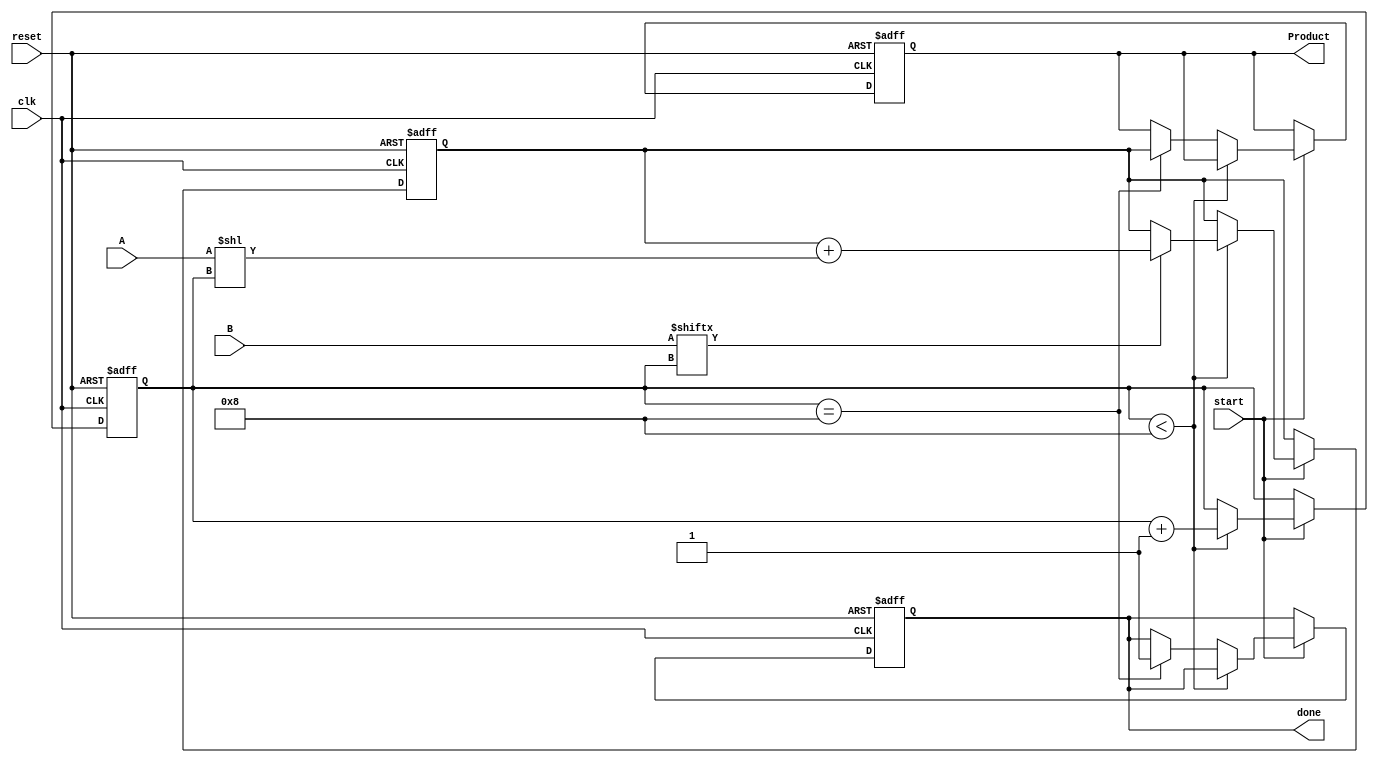
module PartialProductAccumulator #(
    parameter N = 8, // Bit-width of multiplicand A
    parameter M = 8  // Bit-width of multiplier B
)(
    input  wire [N-1:0] A,      // Multiplicand
    input  wire [M-1:0] B,      // Multiplier
    input  wire clk,             // Clock signal
    input  wire reset,           // Asynchronous reset
    input  wire start,           // Start control signal
    output reg [N+M-1:0] Product,// Product output
    output reg done              // Done signal
);

reg [M-1:0] multiplier;         // Internal register for the multiplier
reg [N+M-1:0] accumulator;      // Accumulator for partial products
reg [3:0] count;                // Count to track the number of bits processed

always @(posedge clk or posedge reset) begin
    if (reset) begin
        Product <= 0;
        done <= 0;
        accumulator <= 0;
        count <= 0;
        multiplier <= 0;
    end else if (start) begin
        if (count < M) begin
            // Generate partial product
            if (B[count]) begin
                accumulator <= accumulator + (A << count);
            end
            count <= count + 1; // Move to next bit
        end else if (count == M) begin
            // Finished accumulating partial products
            Product <= accumulator;
            done <= 1; // Indicate that the multiplication is done
        end
    end
end

endmodule